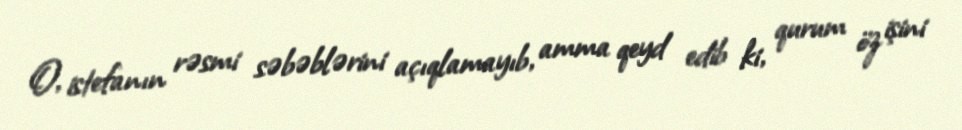
O, istefanın rəsmi səbəblərini açıqlamayıb, amma qeyd edib ki, qurum öz işini